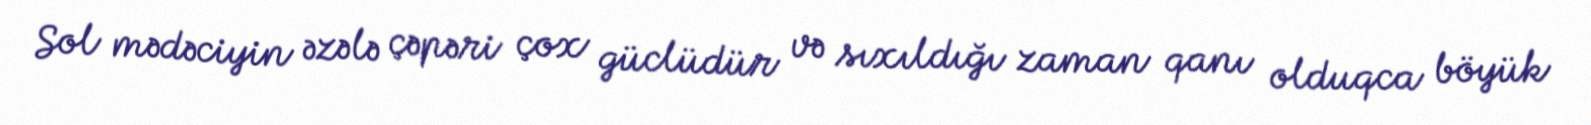
Sol mədəciyin əzələ çəpəri çox güclüdür və sıxıldığı zaman qanı olduqca böyük